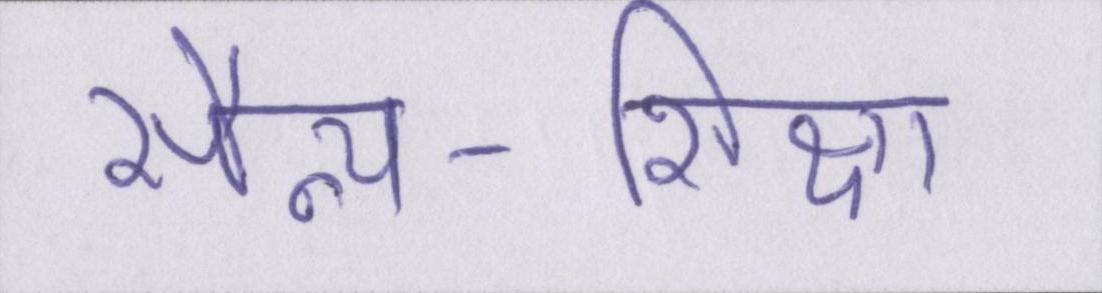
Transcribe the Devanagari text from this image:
सैन्य-शिक्षा